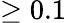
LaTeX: \ge 0.1